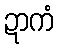
ဍာကံ